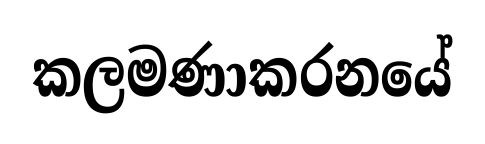
කලමණාකරනයේ